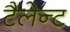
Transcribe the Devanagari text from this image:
टैलेन्ट